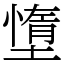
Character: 墯